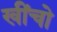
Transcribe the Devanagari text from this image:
खींचो